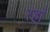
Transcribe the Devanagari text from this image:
रहाँ